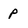
Character: p